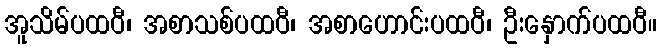
အူသိမ်ပထဝီ၊ အစာသစ်ပထဝီ၊ အစာဟောင်းပထဝီ၊ ဦးနှောက်ပထဝီ။